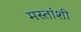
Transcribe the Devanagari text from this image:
मस्तांशी